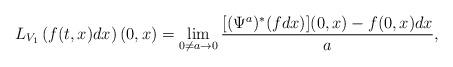
LaTeX: \begin{align*}L_{V_1}\left(f(t,x)dx\right)(0,x)=\lim_{0\neq a\to 0}\frac{[(\Psi^a)^*(fdx)](0,x)-f(0,x)dx}{a},\end{align*}